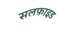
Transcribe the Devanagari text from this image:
सलफ़ाइड